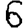
Digit: 6